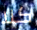
كلا